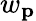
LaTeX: w_{\mathbf{p}}